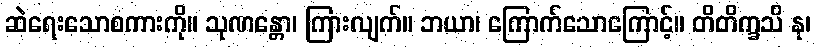
ဆဲရေးသောစကားကို။ သုဏန္တော၊ ကြားလျက်။ ဘယာ၊ ကြောက်သောကြောင့်။ တိတိက္ခသိ နု၊